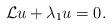
LaTeX: \begin{align*}\mathcal{L}u+\lambda_1u=0. \end{align*}